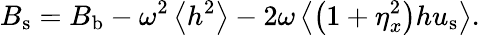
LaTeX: {B}_{\mathrm{s}}={B}_{\mathrm{b}}-\omega^{2}\left<h^{2}\right>-2\omega\left<\left(1+\eta_{x}^{2}\right)h{u}_{\mathrm{s}}\right>.